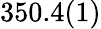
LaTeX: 350.4(1)